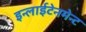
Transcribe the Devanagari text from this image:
इन्लाईटेनमेन्ट